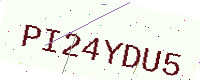
Text: PI24YDU5